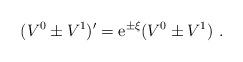
LaTeX: \begin{align*}(V^0 \pm V^1 ) ' = {\rm e}^{\pm \xi} (V^0 \pm V^1) \ .\end{align*}